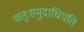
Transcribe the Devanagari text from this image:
चतुःसमुद्राधिपति